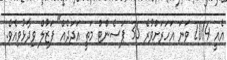
އެއީ 2014 ވަނަ އަހަރަށްވުރެ 35 ޕަސެންޓް މަތީ އަދަދެއް" ފަޒުލް ވިދާޅުވިއެވެ.